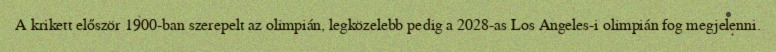
A krikett először 1900-ban szerepelt az olimpián, legközelebb pedig a 2028-as Los Angeles-i olimpián fog megjelenni.